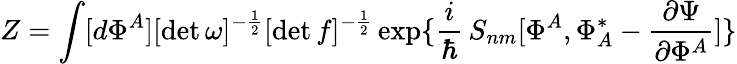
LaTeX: Z=\int[d\Phi^{A}][\operatorname*{det}\omega]^{-{\frac{1}{2}}}[\operatorname*{det}f]^{-{\frac{1}{2}}}\exp\{ \frac{i}{\hbar}\, S_{nm}[\Phi^{A},\Phi_{A}^{*}-{\frac{\partial\Psi}{\partial\Phi^{A}}}]\}